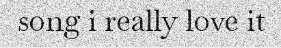
song i really love it